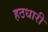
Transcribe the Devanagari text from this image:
हठधारी